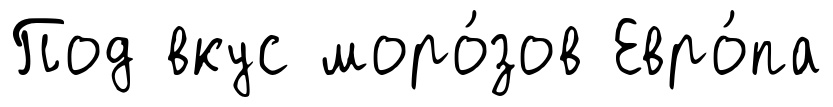
Под вкус моро́зов Евро́па